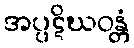
အပ္ပဋိဃဝန္တံ